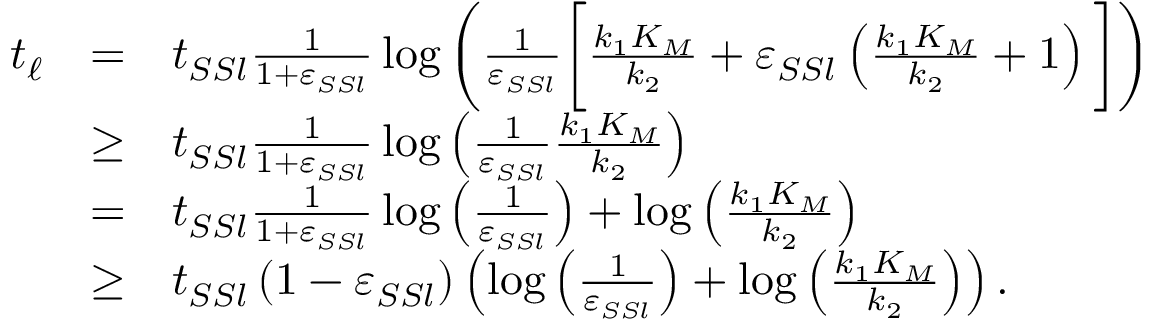
\begin{array} { r c l } { t _ { \ell } } & { = } & { t _ { S S l } \frac { 1 } { 1 + \varepsilon _ { S S l } } \log \left( \frac { 1 } { \varepsilon _ { S S l } } \bigg [ \frac { k _ { 1 } K _ { M } } { k _ { 2 } } + \varepsilon _ { S S l } \left( \frac { k _ { 1 } K _ { M } } { k _ { 2 } } + 1 \right) \bigg ] \right) } \\ & { \geq } & { t _ { S S l } \frac { 1 } { 1 + \varepsilon _ { S S l } } \log \left( \frac { 1 } { \varepsilon _ { S S l } } \frac { k _ { 1 } K _ { M } } { k _ { 2 } } \right) } \\ & { = } & { t _ { S S l } \frac { 1 } { 1 + \varepsilon _ { S S l } } \log \left( \frac { 1 } { \varepsilon _ { S S l } } \right) + \log \left( \frac { k _ { 1 } K _ { M } } { k _ { 2 } } \right) } \\ & { \geq } & { t _ { S S l } \left( 1 - \varepsilon _ { S S l } \right) \left( \log \left( \frac { 1 } { \varepsilon _ { S S l } } \right) + \log \left( \frac { k _ { 1 } K _ { M } } { k _ { 2 } } \right) \right) . } \end{array}